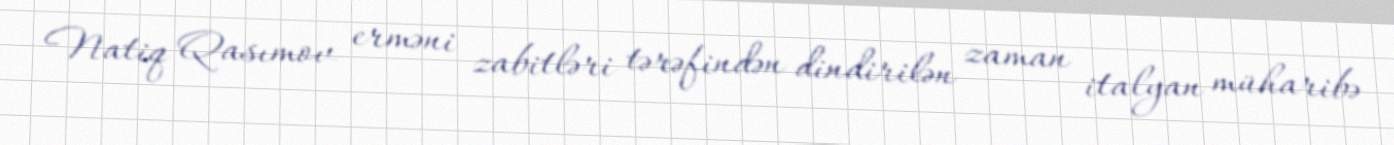
Natiq Qasımov erməni zabitləri tərəfindən dindirilən zaman italyan müharibə